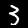
Label: 3